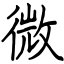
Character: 微